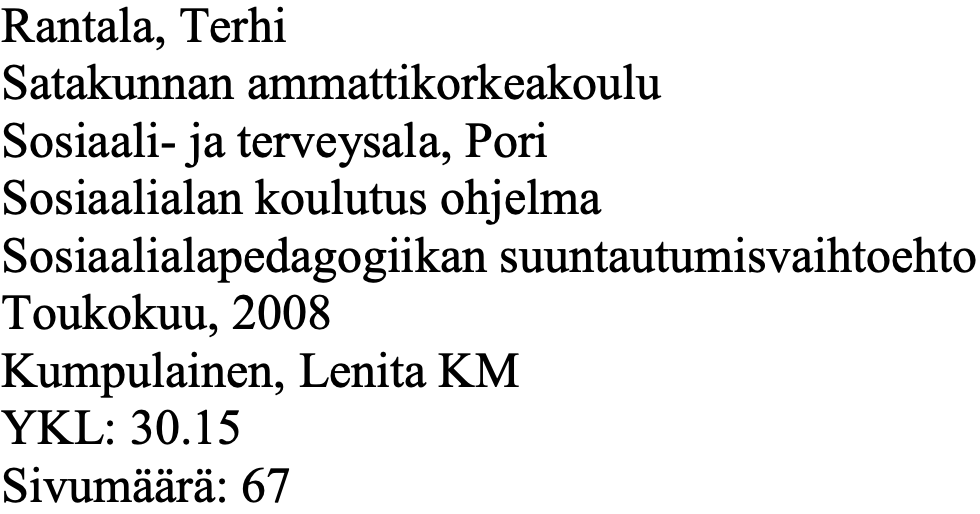
Rantala, Terhi Satakunnan ammattikorkeakoulu Sosiaali- ja terveysala, Pori Sosiaalialan koulutus ohjelma Sosiaalialapedagogiikan suuntautumisvaihtoehto Toukokuu, 2008 Kumpulainen, Lenita KM YKL: 30.15 Sivumäärä: 67